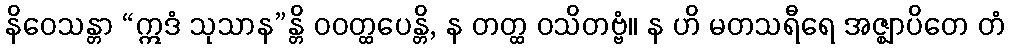
နိဝေသန္တာ “ဣဒံ သုသာန”န္တိ ဝဝတ္ထပေန္တိ, န တတ္ထ ဝသိတဗ္ဗံ။ န ဟိ မတသရီရေ အဇ္ဈာပိတေ တံ